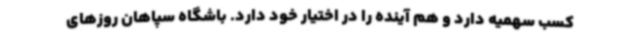
کسب سهمیه دارد و هم آینده را در اختیار خود دارد. باشگاه سپاهان روزهای